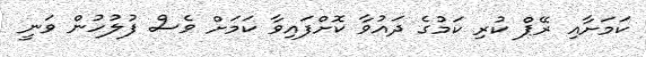
ކަމަށާއި ރޭޕް ކުރި ކަމުގެ ދައުވާ ކޮށްފައިވާ ކަމަށް ވެސް ފުލުހުން ވަނީ